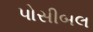
પોસીબલ